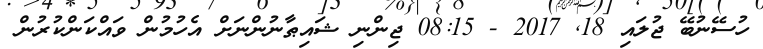
ހުސޭނުބޭ ޖުލައި 18